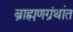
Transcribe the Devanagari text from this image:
ब्राह्मणग्रंथांत